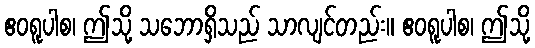
ဧဝရူပါစ၊ ဤသို့ သဘောရှိသည် သာလျင်တည်း။ ဧဝရူပါစ၊ ဤသို့